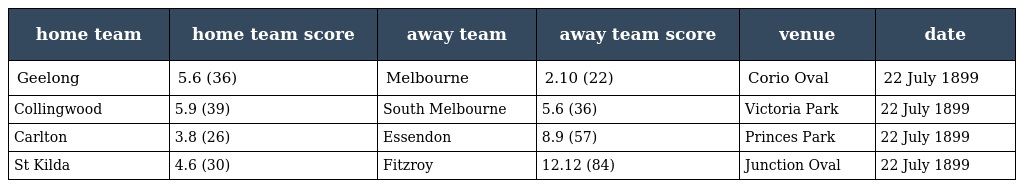
| home team | home team score | away team | away team score | venue | date |
 | --- | --- | --- | --- | --- | --- |
 | Geelong | 5.6 (36) | Melbourne | 2.10 (22) | Corio Oval | 22 July 1899 |
 | Collingwood | 5.9 (39) | South Melbourne | 5.6 (36) | Victoria Park | 22 July 1899 |
 | Carlton | 3.8 (26) | Essendon | 8.9 (57) | Princes Park | 22 July 1899 |
 | St Kilda | 4.6 (30) | Fitzroy | 12.12 (84) | Junction Oval | 22 July 1899 |